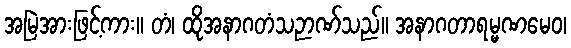
အမြဲအားဖြင့်ကား။ တံ၊ ထိုအနာဂတံသဉာဏ်သည်။ အနာဂတာရမ္မဏမေဝ၊